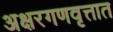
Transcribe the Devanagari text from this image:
अक्षरगणवृत्तात